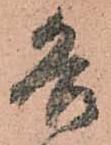
各